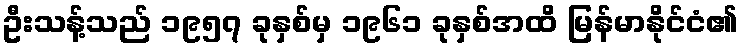
ဦးသန့်သည် ၁၉၅၇ ခုနှစ်မှ ၁၉၆၁ ခုနှစ်အထိ မြန်မာနိုင်ငံ၏